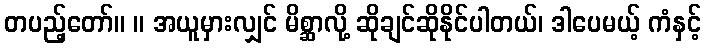
တပည့်တော်။ ။ အယူမှားလျှင် မိစ္ဆာလို့ ဆိုချင်ဆိုနိုင်ပါတယ်၊ ဒါပေမယ့် ကံနှင့်